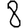
Digit: 8